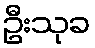
ဦးသုခ